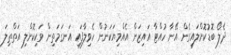
ދެލޯ ބޮޑުކޮށްލައިގެން އޭނާ ހުއްޓާ އައިޒަން އެއްމިޔަކަނުން ހެވިލާފައި އަނގަމަތިން ވަކިކޮށްލި އަތްތިލަ